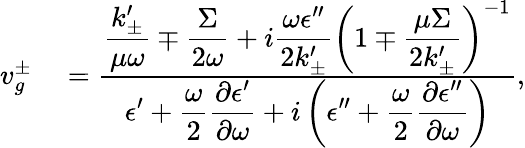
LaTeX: \begin{array}{rl}{v_{g}^{\pm}}&{{}=\frac{\displaystyle\frac{k_{\pm}^{\prime}}{\mu\omega}\mp\frac{\Sigma}{2\omega}+i\frac{\omega\epsilon^{\prime\prime}}{2k_{\pm}^{\prime}}\left(1\mp\frac{\mu\Sigma}{2k_{\pm}^{\prime}}\right)^{-1}}{\displaystyle\epsilon^{\prime}+\frac{\omega}{2}\frac{\partial\epsilon^{\prime}}{\partial\omega}+i\left(\epsilon^{\prime\prime}+\frac{\omega}{2}\frac{\partial\epsilon^{\prime\prime}}{\partial\omega}\right)},}\end{array}